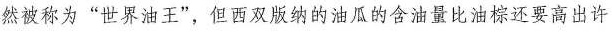
然被称为”世界油王”，但西双版纳的油瓜的含油量比油棕还要高出许